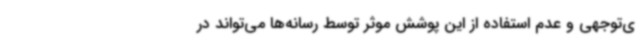
ی‌توجهی و عدم استفاده از این پوشش موثر توسط رسانه‌ها می‌تواند در